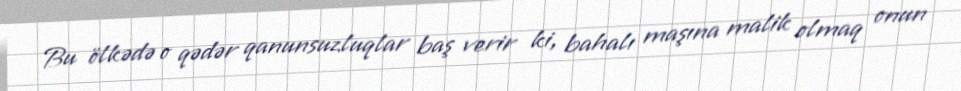
Bu ölkədə o qədər qanunsuzluqlar baş verir ki, bahalı maşına malik olmaq onun